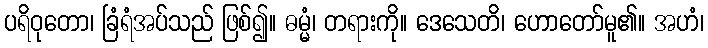
ပရိဝုတော၊ ခြံရံအပ်သည် ဖြစ်၍။ ဓမ္မံ၊ တရားကို။ ဒေသေတိ၊ ဟောတော်မူ၏။ အဟံ၊